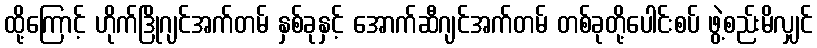
ထို့ကြောင့် ဟိုက်ဒြိုဂျင်အက်တမ် နှစ်ခုနှင့် အောက်ဆီဂျင်အက်တမ် တစ်ခုတို့ပေါင်းစပ် ဖွဲ့စည်းမိလျှင်